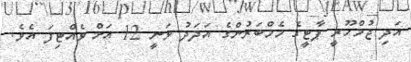
އަދި ޖުމްހޫރީ ޕާޓީގެ މެމްބަރުންގެ އަދަދު ވަނީ 12 އަށް ވެއްޓިފަ އެވެ.